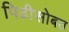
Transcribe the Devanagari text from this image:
पिढीसोबत